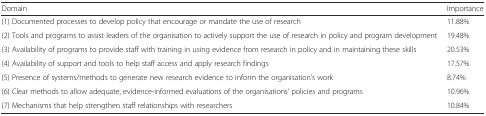
<table><thead><tr><td><b>Domain</b></td><td><b>Importance</b></td></tr></thead><tbody><tr><td>(1) Documented processes to develop policy that encourage or mandate the use of research</td><td>11.88%</td></tr><tr><td>(2) Tools and programs to assist leaders of the organisation to actively support the use of research in policy and program development</td><td>19.48%</td></tr><tr><td>(3) Availability of programs to provide staff with training in using evidence from research in policy and in maintaining these skills</td><td>20.53%</td></tr><tr><td>(4) Availability of support and tools to help staff access and apply research findings</td><td>17.57%</td></tr><tr><td>(5) Presence of systems/methods to generate new research evidence to inform the organisation’s work</td><td>8.74%</td></tr><tr><td>(6) Clear methods to allow adequate, evidence-informed evaluations of the organisations’ policies and programs</td><td>10.96%</td></tr><tr><td>(7) Mechanisms that help strengthen staff relationships with researchers</td><td>10.84%</td></tr></tbody></table>